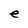
Character: e